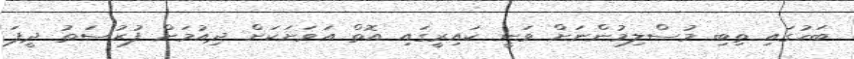
ބަހުގައި ތިބި މުސްލިމުންނަށް ވަނީ ކައިރީގައި އޮތް އަވަށަކަށް ދިއުމަށް ފުރުސަތު ދީފަ